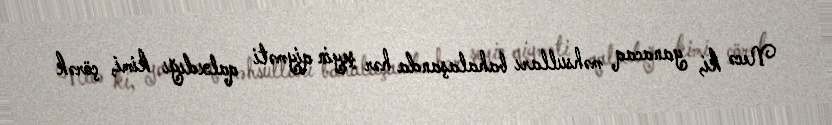
Necə ki, yanacaq məhsulları bahalaşanda hər şeyin qiyməti qalxdığı kimi, çörək